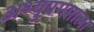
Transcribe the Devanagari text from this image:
अभ्युपगमाला